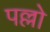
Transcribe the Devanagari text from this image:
पल्लो